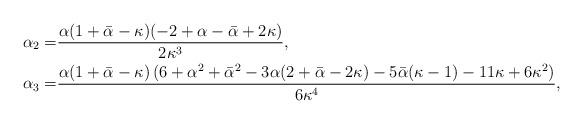
LaTeX: \begin{align*} \alpha_2=&\frac{\alpha(1+\bar{\alpha}-\kappa)(-2+\alpha-\bar{\alpha}+2 \kappa)}{2\kappa^3},\\ \alpha_3=&\frac{\alpha(1+\bar{\alpha}-\kappa)\left(6+\alpha^2+\bar{\alpha}^2-3 \alpha(2+\bar{\alpha}-2 \kappa)-5 \bar{\alpha}(\kappa-1)-11 \kappa+6 \kappa^2\right)}{6\kappa^4}, \end{align*}